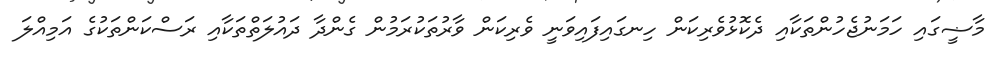
މާޟީގައި ހަމަނުޖެހުންތަކާއި ދެކޮޅުވެރިކަން ހިނގައިފައިވަނީ ވެރިކަން ވާރުތަކުރަމުން ގެންދާ ދައުލަތްތަކާއި ރަސްކަންތަކުގެ އަމިއްލަ